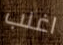
اغلب